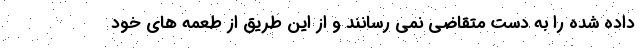
داده شده را به دست متقاضی نمی رسانند و از این طریق از طعمه های خود